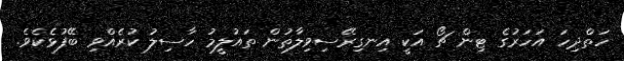
ހަތްދިހަ އަހަރުގެ ޓިން ޗޯ އަކީ އިނގިރޭސިވިލާތުން ތައުލީމު ހާސިލު ކުރެއްވި ބޭފުޅެކެވެ.